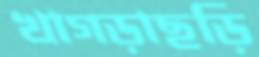
খাগড়াছড়ি